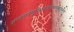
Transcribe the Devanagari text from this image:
अस्तंगतेगुरौशुक्रेतथामासेमलिम्लुचे